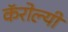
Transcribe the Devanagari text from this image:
कॅरोल्यी